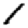
Digit: 1